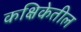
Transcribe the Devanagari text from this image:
कक्षिकेतील